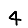
Digit: 4